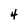
Character: 4